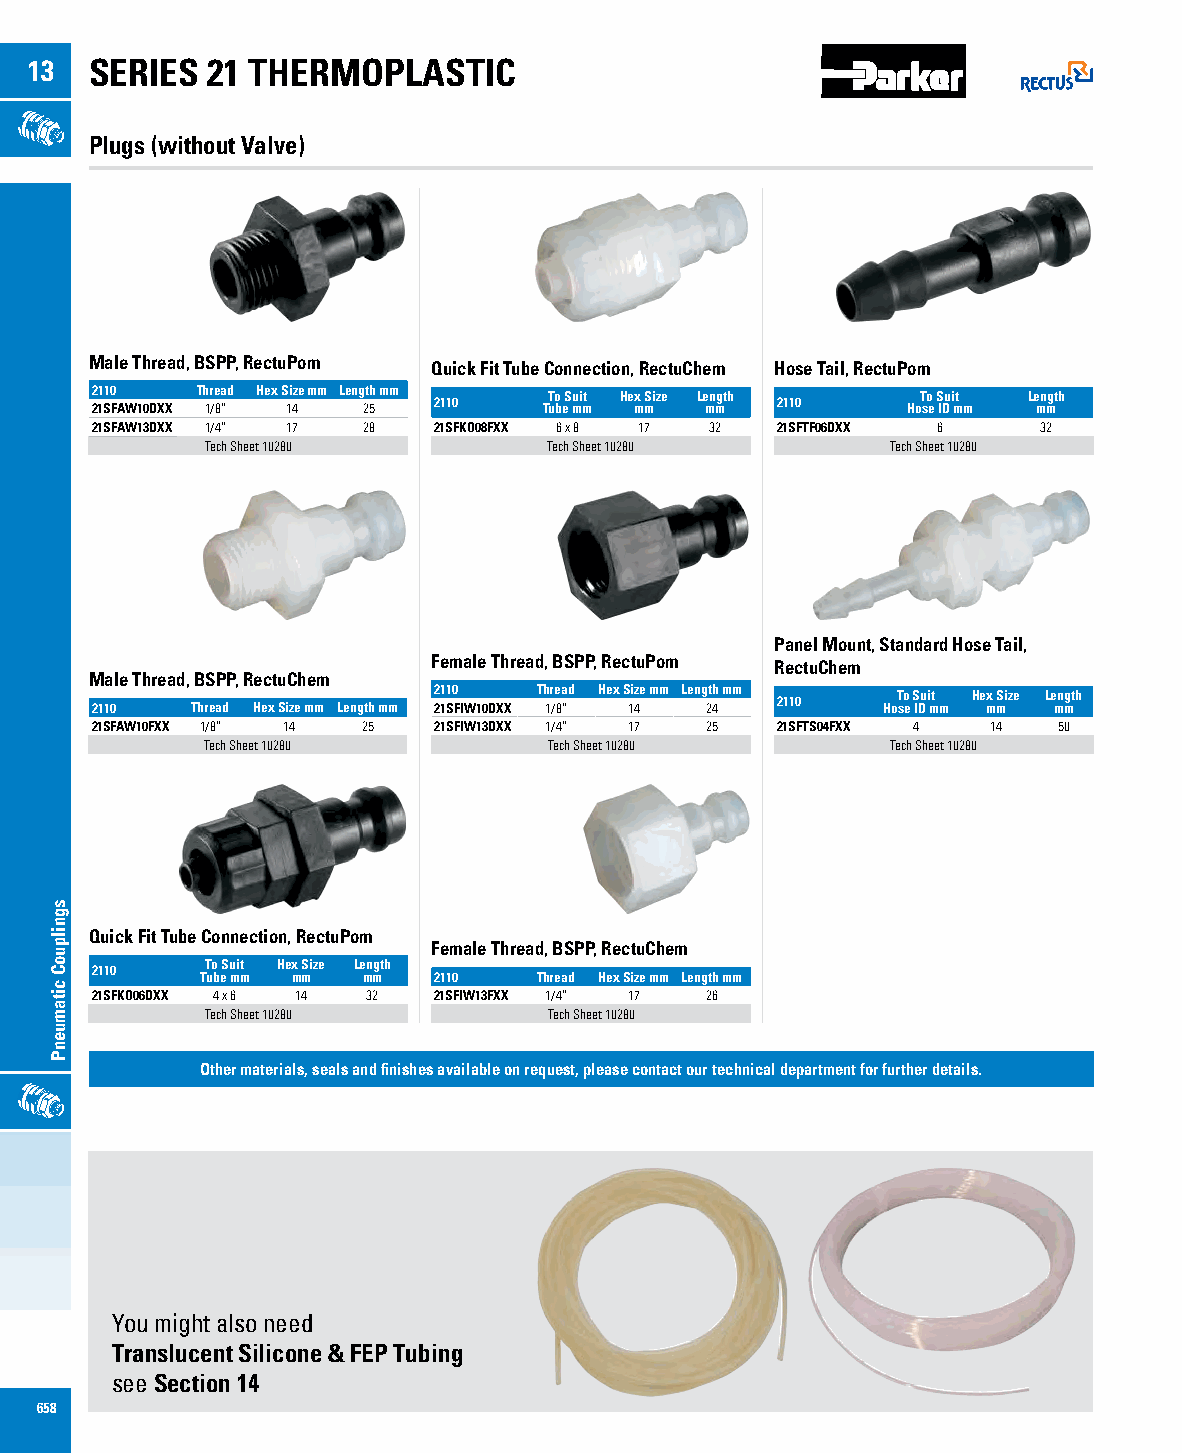
13  SERIES  21 THERMOPLASTIC
 Plugs (without Valve)
 Male Thread, BSPP, RectuPom Quick Fit Tube Connection, RectuChem Hose Tail, RectuPom
 2110   Thread Hex Size mm Length mm To Suit Hex Size Length To Suit Length
 21SFAW10DXX 1/8” 14 25 2110   Tube mm mm mm  2110     Hose ID mm mm
 21SFAW13DXX 1/4” 17 28 21SFKO08FXX 6 x 8 17 32 21SFTF06DXX 6   32
 Tech Sheet 10280      Tech Sheet 10280       Tech Sheet 10280
 Panel Mount, Standard Hose Tail,
 Female Thread, BSPP, RectuPom RectuChem
 Male Thread, BSPP, RectuChem
 2110   Thread Hex Size mm Length mm To Suit Hex Size Length
 2110   Thread Hex Size mm Length mm 21SFIW10DXX 1/8” 14 24 2110 Hose ID mm mm mm
 21SFAW10FXX 1/8” 14 25 21SFIW13DXX 1/4” 17 25 21SFTS04FXX 4 14  50
 Tech Sheet 10280      Tech Sheet 10280       Tech Sheet 10280
 Quick Fit Tube Connection, RectuPom
 Female Thread, BSPP, RectuChem
 To Suit Hex Size Length
 2110   Tube mm mm mm   2110   Thread Hex Size mm Length mm
 21SFKO06DXX 4 x 6 14 32 21SFIW13FXX 1/4” 17 26
 Tech Sheet 10280      Tech Sheet 10280
 Other materials, seals and finishes available on request, please contact our technical department for further details.
 You might also need
 Translucent Silicone & FEP Tubing
 see Section 14
 658
 sgnilpuoC
 citamuenP